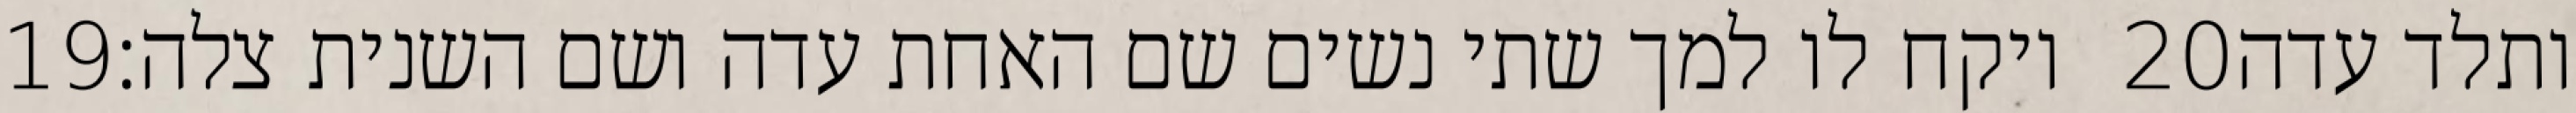
‎19‏ ויקח לו למך שתי נשים שם האחת עדה ושם השנית צלה׃ ‎20‏ ותלד עדה